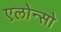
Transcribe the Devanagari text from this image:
एलोन्सो